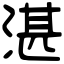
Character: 湛